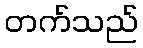
တက်သည်